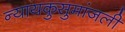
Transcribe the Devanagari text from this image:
न्यायकुसुमांजली